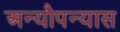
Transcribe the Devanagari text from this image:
अन्यौपन्यास